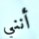
أنني